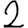
Digit: 2